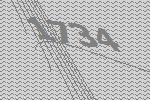
1734